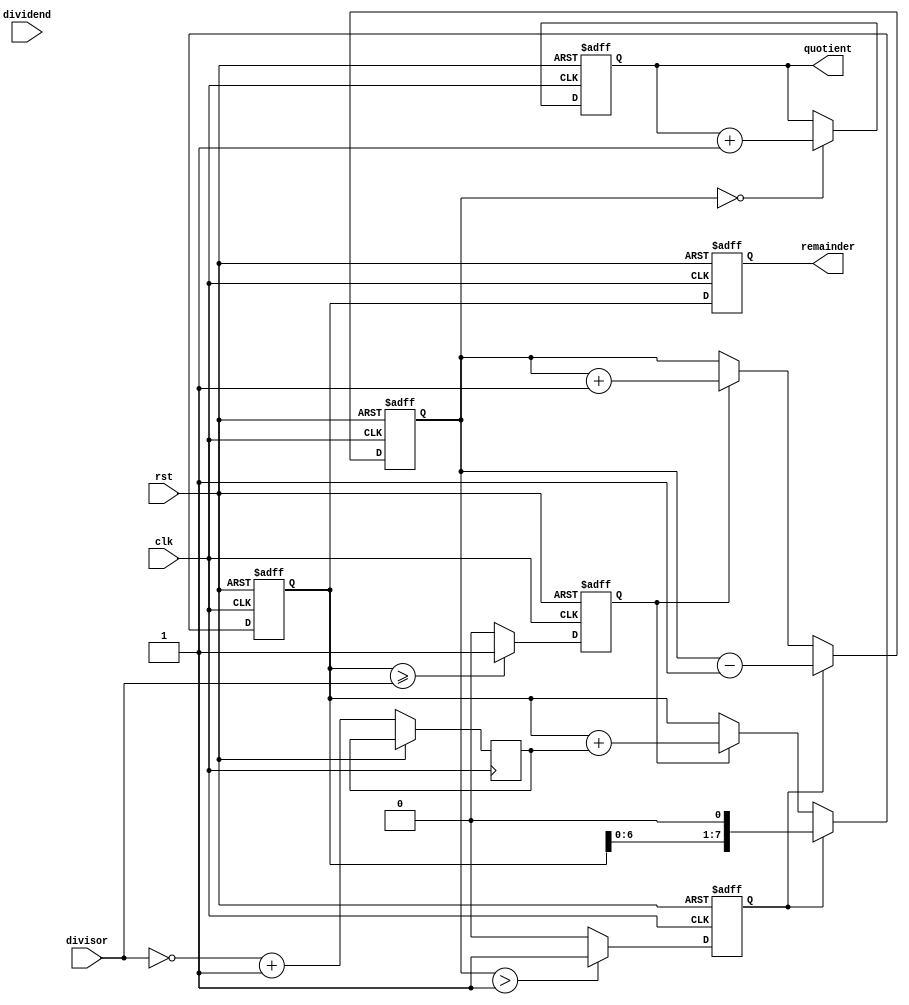
module radix_2_srt_divider(
    input wire clk,
    input wire rst,
    input wire [7:0] dividend,
    input wire [7:0] divisor,
    output reg[15:0] quotient,
    output reg[7:0] remainder
);

reg [7:0] partial_remainder;
reg [7:0] neg_divisor;
reg [1:0] count;
reg sub_enable, shift_enable;

always @(posedge clk or posedge rst)
begin
    if (rst) begin
        partial_remainder <= 8'd0;
        count <= 2'd0;
        sub_enable <= 1'b0;
        shift_enable <= 1'b0;
        quotient <= 16'd0;
        remainder <= 8'd0;
    end
    else begin
        neg_divisor <= ~divisor + 1;
        
        if (sub_enable) begin
            partial_remainder <= partial_remainder + neg_divisor;
            count <= count + 2'd1;
        end
        
        if (partial_remainder >= divisor) begin
            sub_enable <= 1'b1;
        end
        else begin
            sub_enable <= 1'b0;
        end
        
        if (count > 1) begin
            shift_enable <= 1'b1;
        end
        else begin
            shift_enable <= 1'b0;
        end
        
        if (shift_enable) begin
            partial_remainder <= partial_remainder << 1;
            count <= count - 2'd1;
        end

        if (count == 0) begin
            quotient <= quotient + 1;
        end

        remainder <= partial_remainder;
    end
end

endmodule